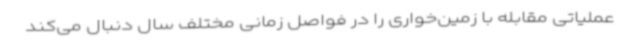
عملیاتی مقابله با زمین‌خواری را در فواصل زمانی مختلف سال دنبال می‌کند